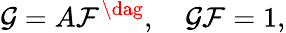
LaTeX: {\cal G}=A{\cal F}^{\dag},~~~~{\cal G}{\cal F}=1,